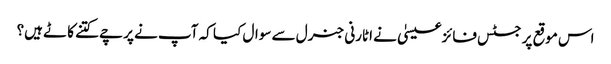
اس موقع پر جسٹس فائزعیسیٰ نے اٹارنی جنرل سے سوال کیا کہ آپ نے پرچے کتنے کاٹے ہیں؟